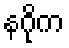
နဂိုက